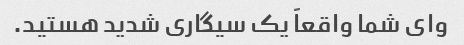
وای شما واقعاً یک سیگاری شدید هستید.